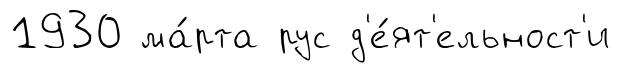
1930 ма́рта рус д'е́ят'ельност'и